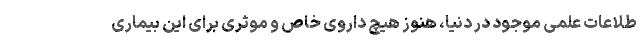
طلاعات علمی موجود در دنیا، هنوز هیچ داروی خاص و موثری برای این بیماری